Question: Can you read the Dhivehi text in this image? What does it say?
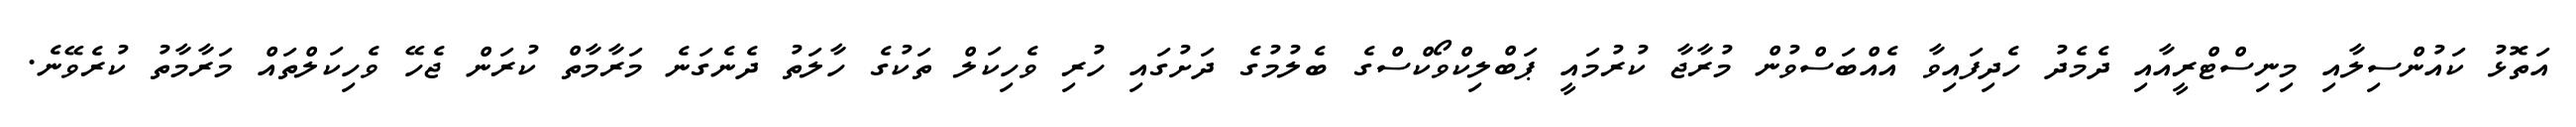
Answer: އަތޮޅު ކައުންސިލާއި މިނިސްޓްރީއާއި ދެމެދު ހެދިފައިވާ އެއްބަސްވުން މުރާޖާ ކުރުމައީ ޕަބްލިކްވޯކްސްގެ ބެލުމުގެ ދަށުގައި ހުރި ވެހިކަލް ތަކުގެ ހާލަތު ދެނެގަނެ މަރާމާތް ކުރަން ޖެހޭ ވެހިކަލްތައް މަރާމާތު ކުރެވޭނެ.